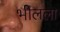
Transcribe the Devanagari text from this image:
भीलला